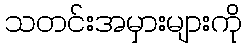
သတင်းအမှားများကို